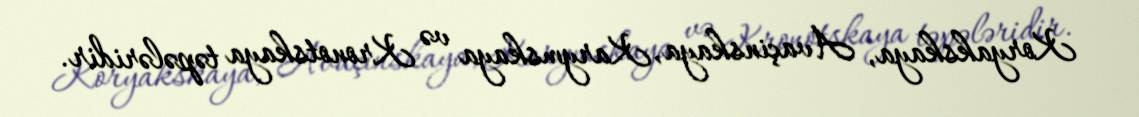
Koryakskaya, Avaçinskaya, Karymskaya və Kronotskaya təpələridir.